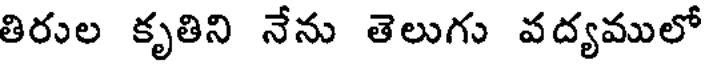
తిరుల కృతిని నేను తెలుగు వద్యములో